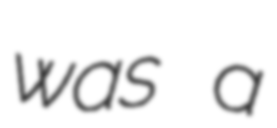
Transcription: was a